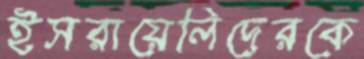
ইসরায়েলিদেরকে